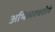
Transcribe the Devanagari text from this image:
अभिव्यक्क्तीचे